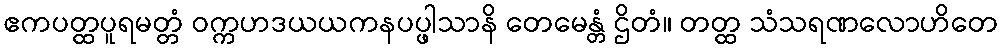
ဧကပတ္ထပူရမတ္တံ ဝက္ကဟဒယယကနပပ္ဖါသာနိ တေမေန္တံ ဌိတံ။ တတ္ထ သံသရဏလောဟိတေ